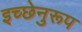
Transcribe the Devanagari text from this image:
इच्छेनुरूप